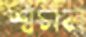
শ্বসন